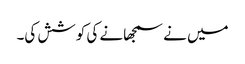
میں نے سمجھانے کی کوشش کی۔